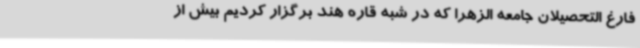
فارغ التحصیلان جامعه الزهرا که در شبه قاره هند برگزار کردیم بیش از